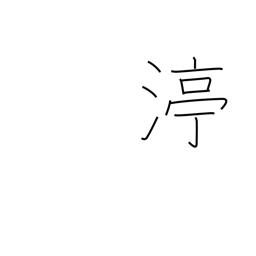
Meaning: stop